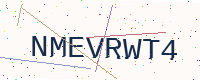
Text: NMEVRWT4